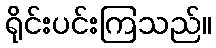
ရိုင်းပင်းကြသည်။